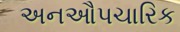
અનઔપચારિક